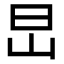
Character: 旵